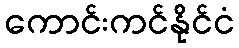
ကောင်းကင်နိုင်ငံ